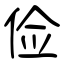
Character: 俭